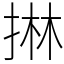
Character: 㨆